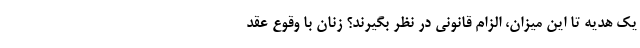
یک هدیه تا این میزان، الزام قانونی در نظر بگیرند؟ زنان با وقوع عقد